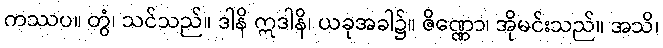
ကဿပ။ တွံ၊ သင်သည်။ ဒါနိ ဣဒါနိ၊ ယခုအခါ၌။ ဇိဏ္ဏော၊ အိုမင်းသည်။ အသိ၊